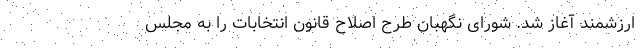
ارزشمند آغاز شد. شورای نگهبان طرح اصلاح قانون انتخابات را به مجلس